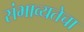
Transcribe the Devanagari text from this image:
संभाव्यतेचा